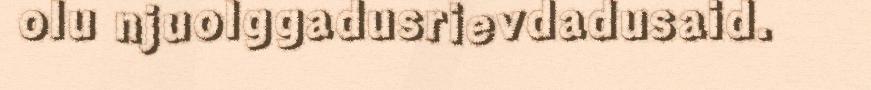
olu njuolggadusrievdadusaid.